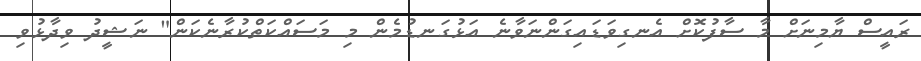
ރައީސް ޔާމިނަށް މާ ސާފުކޮށް އެނގިވަޑައިގަންނަވާނެ އަޅުގަނޑުމެން މި މަސައްކަތްކުރާނެކަން" ނަޝީދު ވިދާޅުވި